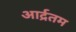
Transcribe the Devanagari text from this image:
आर्द्रतम